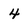
Character: 4